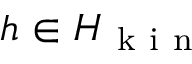
h \in H _ { \mathrm { ~ k ~ i ~ n ~ } }